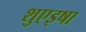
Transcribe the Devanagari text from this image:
शुएइषा